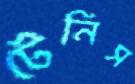
টেনিস